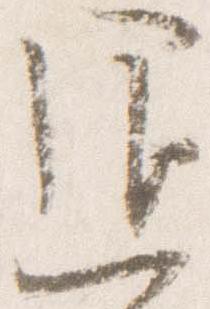
退